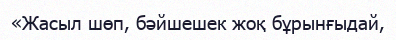
«Жасыл шөп, бәйшешек жоқ бұрынғыдай,